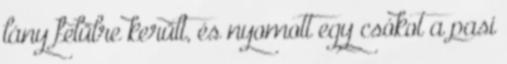
lány felülre került, és nyomott egy csókot a pasi